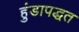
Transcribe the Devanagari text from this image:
हुंडापद्धत